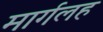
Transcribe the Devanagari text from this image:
मार्गलह